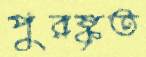
পুরষ্কৃত